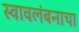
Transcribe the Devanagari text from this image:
स्वावलंबनाचा